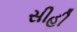
સીહી